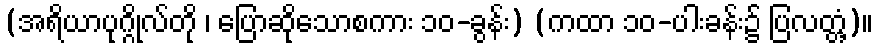
(အရိယာပုဂ္ဂိုလ်တို ၊ ပြောဆိုသောစကား ၁၀-ခွန်း) (ကထာ ၁၀-ပါးခန်း၌ ပြလတ္တံ့)။